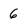
Character: 6